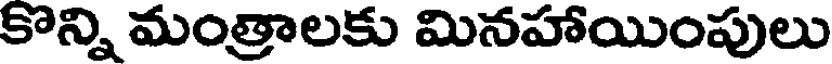
కొన్ని మంత్రాలకు మినహాయింపులు